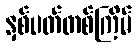
နှစ်ပတ်တစ်ကြိမ်